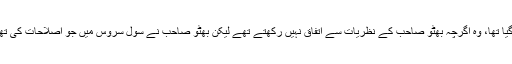
ڈاکٹر صدیقی کو بھٹو مرحوم کی خواہش پر وفد میں شامل کیا گیا تھا، وہ اگرچہ بھٹو صاحب کے نظریات سے اتفاق نہیں رکھتے تھے لیکن بھٹو صاحب نے سول سروس میں جو اصلاحات کی تھیں اس کو انہوں نے پسند کیا تھا اور اس کی تائید بھی کی تھی۔